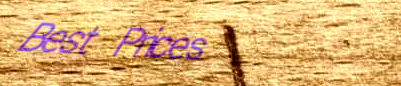
Best Prices